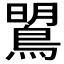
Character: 𪂡